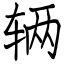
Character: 辆